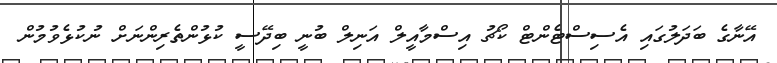
އޭނާގެ ބަދަލުގައި އެސިސްޓެންޓް ކޯޗު އިސްމާއީލް އަނިލް ބުނީ ބިދޭސީ ކުޅުންތެރިންނަށް ނުކުޅެވުމުން